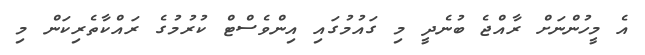
އެ މީހުންނަށް ރާއްޖެ ބުނެދީ މި ގައުމުގައި އިންވެސްޓް ކުުރުމުގެ ރައްކާތެރިކަން މި